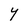
Character: Y